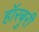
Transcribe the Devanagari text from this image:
हॉरबुरी